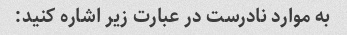
به موارد نادرست در عبارت زیر اشاره کنید: